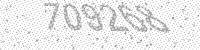
Solution: 709268